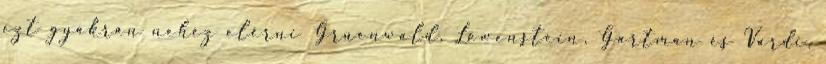
ezt gyakran nehéz elérni Gruenwald, Lowenstein, Gartman és Vardi,